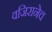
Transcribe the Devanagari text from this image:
वजिरानेच